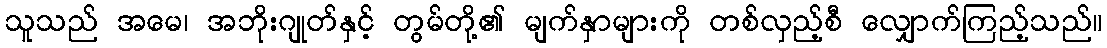
သူသည် အမေ၊ အဘိုးဂျုတ်နှင့် တွမ်တို့၏ မျက်နှာများကို တစ်လှည့်စီ လျှောက်ကြည့်သည်။